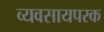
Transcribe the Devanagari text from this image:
व्यवसायपरक